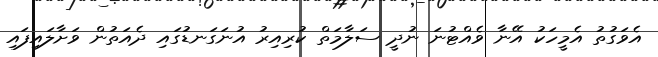
އެވަގުތު އެމީހަކު އޭނާ ވެއްޓުނަ ނުދީ ސަލާމަތް ކުރިއިރު އުނަގަނޑުގައި ދެއަތުން ވަށާލައިފައި